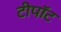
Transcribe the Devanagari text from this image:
टीपॉट